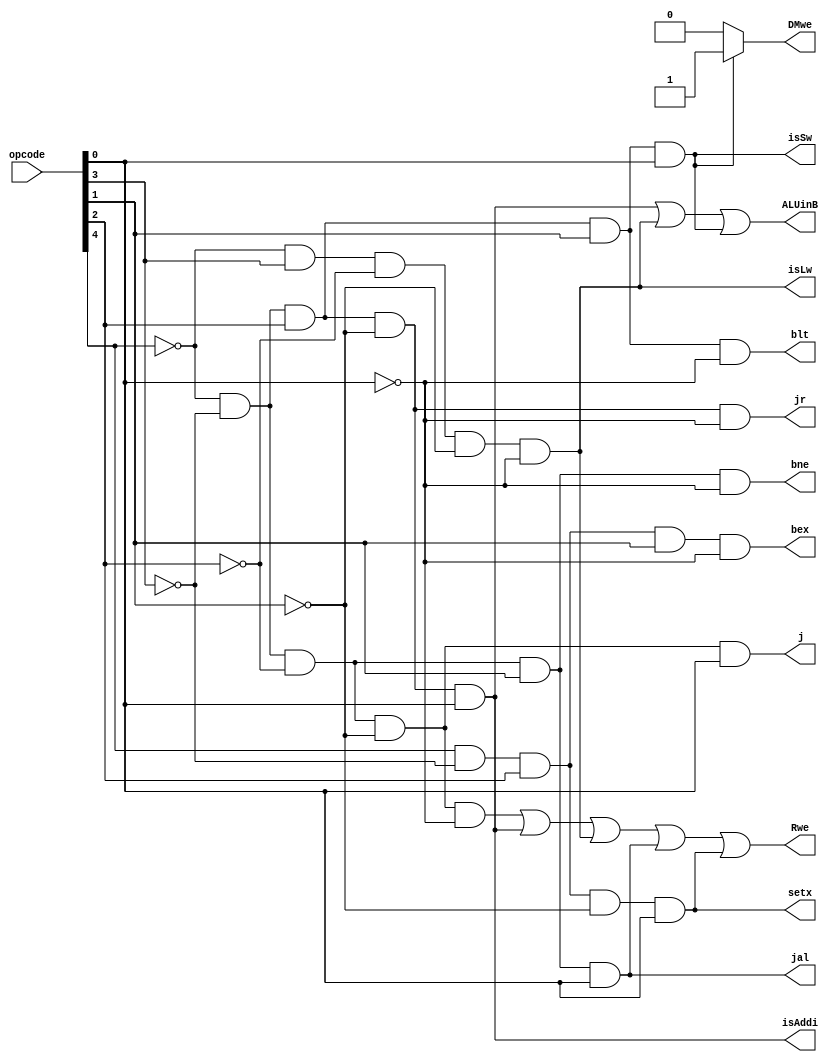
module insn_decoder(opcode, isAddi, isLw, isSw,ALUinB,DMwe,setx,Rwe,blt,bne,bex,jr,jal,j);


	input [4:0] opcode;
	output isAddi, isSw, isLw;
	//output Jp;
	output ALUinB;
	output DMwe;
	output setx;
	output Rwe;
	output blt;
	output bne;
	output bex;
	output jr;
	output jal;
	output j;
	wire isR;
	
	// addi
	and (isAddi, ~opcode[4], ~opcode[3], opcode[2], ~opcode[1],opcode[0]);
	// lw
	and (isLw,~opcode[4], opcode[3], ~opcode[2], ~opcode[1],~opcode[0]);
	// sw
	and (isSw,~opcode[4], ~opcode[3], opcode[2], opcode[1],opcode[0]);
	//j T
	and and1(j,~opcode[4],~opcode[3],~opcode[2],~opcode[1],opcode[0]);
	//jal T
	and and2(jal,~opcode[4],~opcode[3],~opcode[2],opcode[1],opcode[0]);
	//JI
	//or or1(Jp,j,temp);
	//ALUinB
	or or2(ALUinB,isAddi,isLw,isSw);
	//
	assign DMwe=isSw? 1'b1:1'b0;
	//setx T
	and and3(setx, opcode[4], ~opcode[3], opcode[2], ~opcode[1],opcode[0]);
	//isR
	and and4(isR,~opcode[4],~opcode[3],~opcode[2],~opcode[1],~opcode[0]);
	or or3(Rwe,isR, isAddi,isLw,jal,setx);
	assign Rdst=isR? 1'b1:1'b0;// have some question
	assign Rwd=isLw? 1'b1:1'b0;
	and and5(blt, ~opcode[4],~opcode[3],opcode[2],opcode[1],~opcode[0]);
	and and6(bne, ~opcode[4],~opcode[3],~opcode[2],opcode[1],~opcode[0]);
	and and7 (jr, ~opcode[4],~opcode[3],opcode[2],~opcode[1],~opcode[0]);
	and and8(bex,opcode[4],~opcode[3],opcode[2],opcode[1],~opcode[0]);
	
	
	
endmodule